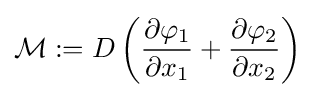
{\mathcal {M}}:=D\left({\frac {\partial \varphi _{1}}{\partial x_{1}}}+{\frac {\partial \varphi _{2}}{\partial x_{2}}}\right)